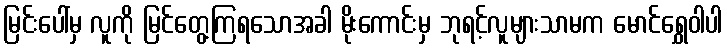
မြင်းပေါ်မှ လူကို မြင်တွေ့ကြရသောအခါ မိုးကောင်းမှ ဘုရင့်လူများသာမက မောင်ရွှေဝါပါ